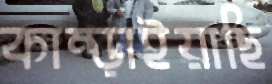
কাম্‌ড়াইয়াছি